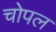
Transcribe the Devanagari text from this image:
चोपल